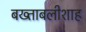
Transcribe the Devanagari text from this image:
बख्ताबलीशाह